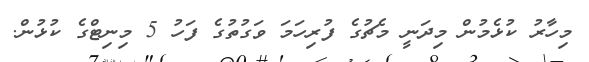
މިހާރު ކުޅެމުން މިދަނީ މެޗުގެ ފުރިހަމަ ވަގުތުގެ ފަހު 5 މިނިޓްގެ ކުޅުން.